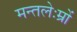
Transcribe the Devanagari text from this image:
मन्तलेःम्रों